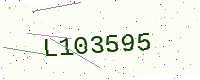
Text: L103595